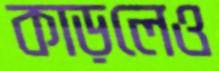
কাড়লেও